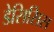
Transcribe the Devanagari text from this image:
डेसिसिस